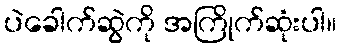
ပဲခေါက်ဆွဲကို အကြိုက်ဆုံးပါ။